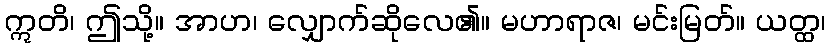
ဣတိ၊ ဤသို့။ အာဟ၊ လျှောက်ဆိုလေ၏။ မဟာရာဇ၊ မင်းမြတ်။ ယတ္ထ၊